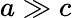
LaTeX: a\gg c